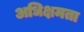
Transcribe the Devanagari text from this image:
अधिक्षमता